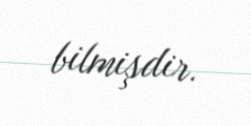
bilmişdir.